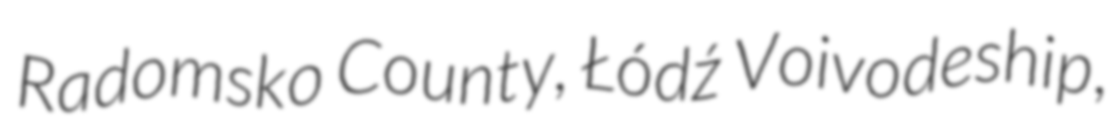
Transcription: Radomsko County, Łódź Voivodeship,